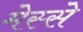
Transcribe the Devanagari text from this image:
मेस्से